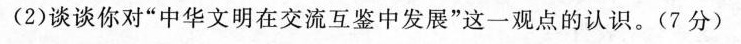
(2)谈谈你对”中华文明在交流互鉴中发展”这一观点的认识。(7分)